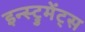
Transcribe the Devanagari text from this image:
इन्स्ट्रुमेंट्‌स